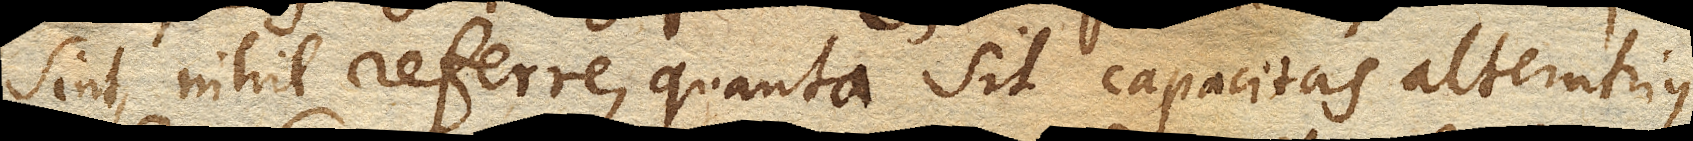
sint, nihil referre, quanta sit capacitas alterutrius